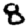
Digit: 8